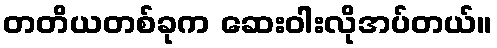
တတိယတစ်ခုက ဆေးဝါးလိုအပ်တယ်။